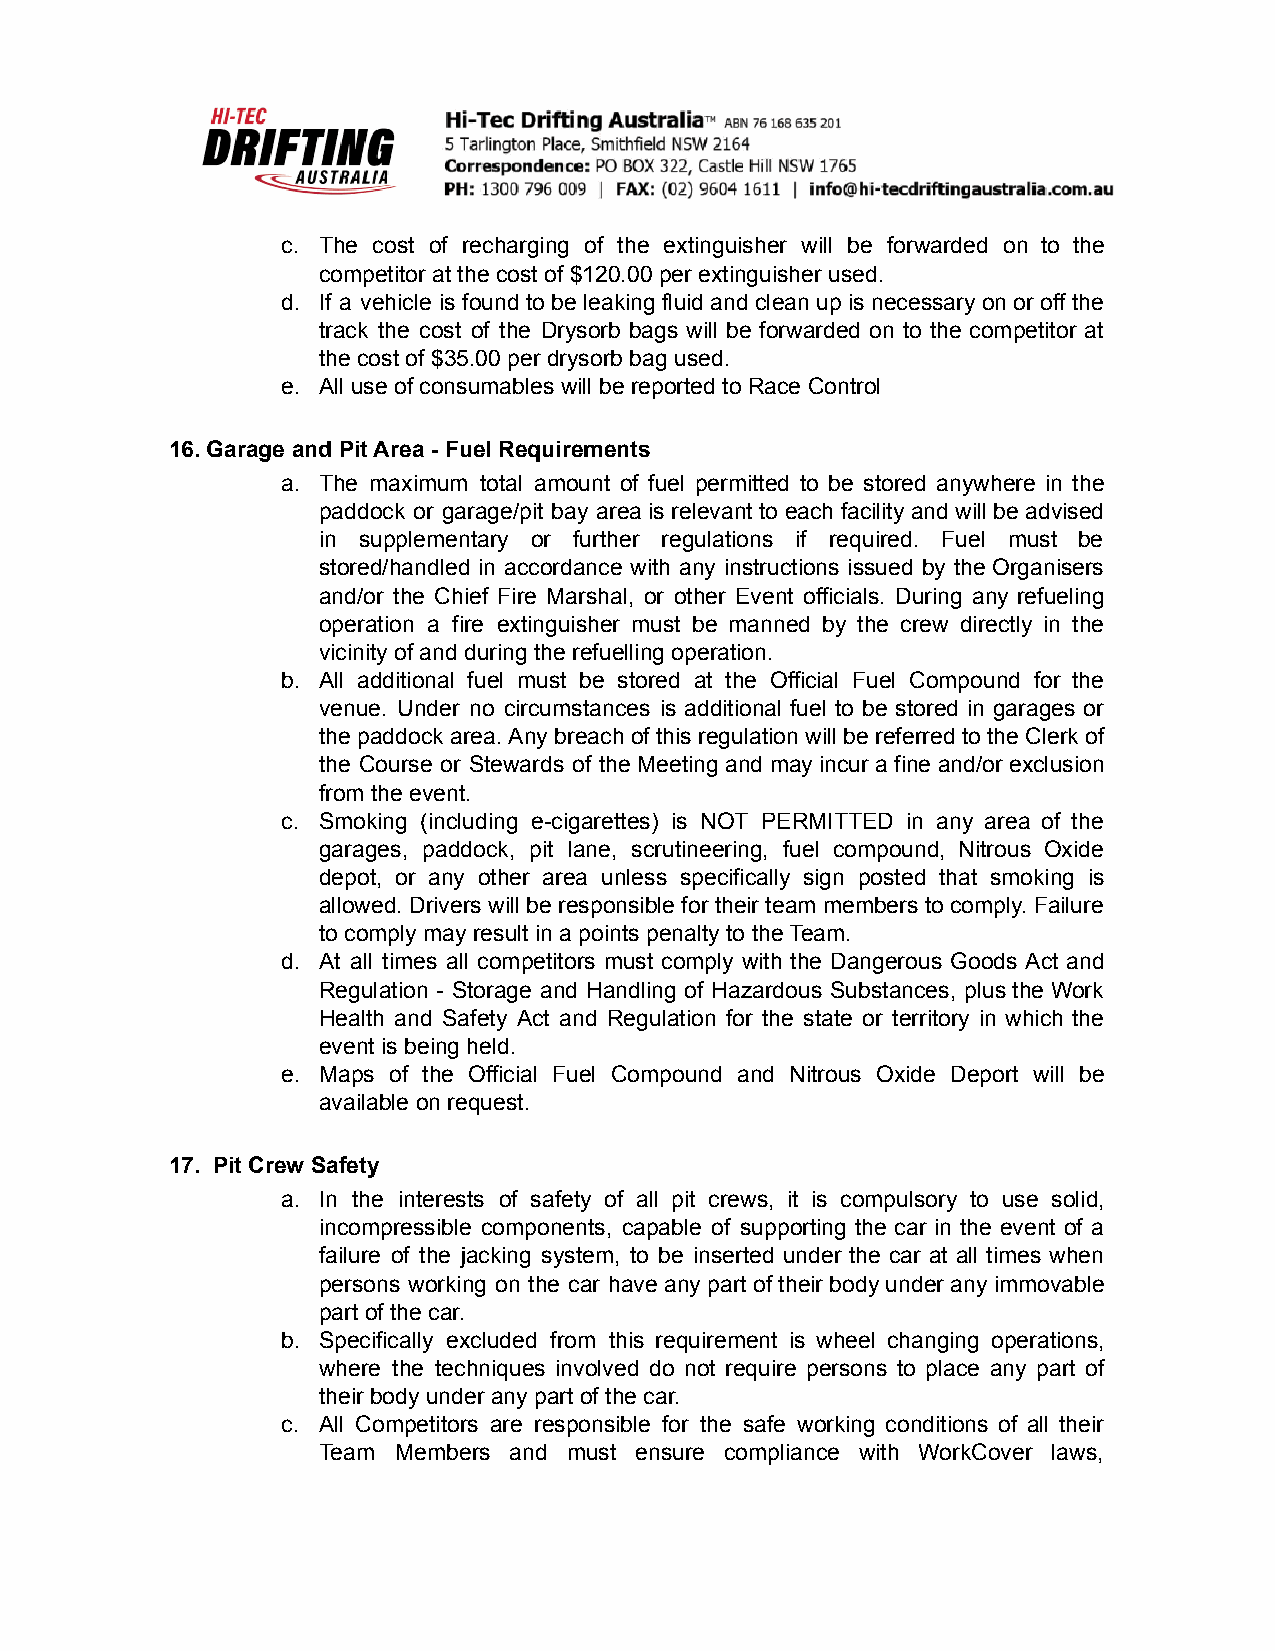
c. The cost of recharging of the extinguisher will be forwarded on to the
 competitor at the cost of $120.00 per extinguisher used.
 d. If a vehicle is found to be leaking fluid and clean up is necessary on or off the
 track the cost of the Drysorb bags will be forwarded on to the competitor at
 the cost of $35.00 per drysorb bag used.
 e. All use of consumables will be reported to Race Control
 16.Garage and Pit Area - Fuel Requirements
 a. The maximum total amount of fuel permitted to be stored anywhere in the
 paddock or garage/pit bay area is relevant to each facility and will be advised
 in supplementary or further regulations if required. Fuel must be
 stored/handled in accordance with any instructions issued by the Organisers
 and/or the Chief Fire Marshal, or other Event officials. During any refueling
 operation a fire extinguisher must be manned by the crew directly in the
 vicinity of and during the refuelling operation.
 b. All additional fuel must be stored at the Official Fuel Compound for the
 venue. Under no circumstances is additional fuel to be stored in garages or
 the paddock area. Any breach of this regulation will be referred to the Clerk of
 the Course or Stewards of the Meeting and may incur a fine and/or exclusion
 from the event.
 c. Smoking (including e-cigarettes) is NOT PERMITTED in any area of the
 garages, paddock, pit lane, scrutineering, fuel compound, Nitrous Oxide
 depot, or any other area unless specifically sign posted that smoking is
 allowed. Drivers will be responsible for their team members to comply. Failure
 to comply may result in a points penalty to the Team.
 d. At all times all competitors must comply with the Dangerous Goods Act and
 Regulation - Storage and Handling of Hazardous Substances, plus the Work
 Health and Safety Act and Regulation for the state or territory in which the
 event is being held.
 e. Maps of the Official Fuel Compound and Nitrous Oxide Deport will be
 available on request.
 17. Pit Crew Safety
 a. In the interests of safety of all pit crews, it is compulsory to use solid,
 incompressible components, capable of supporting the car in the event of a
 failure of the jacking system, to be inserted under the car at all times when
 persons working on the car have any part of their body under any immovable
 part of the car.
 b. Specifically excluded from this requirement is wheel changing operations,
 where the techniques involved do not require persons to place any part of
 their body under any part of the car.
 c. All Competitors are responsible for the safe working conditions of all their
 Team Members and must ensure compliance with WorkCover laws,